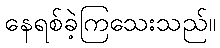
နေရစ်ခဲ့ကြသေးသည်။